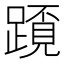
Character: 𨅂